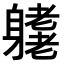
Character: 𨊁